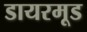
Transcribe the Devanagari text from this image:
डायरमूड